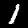
Label: 1